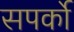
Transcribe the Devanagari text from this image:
सपर्को